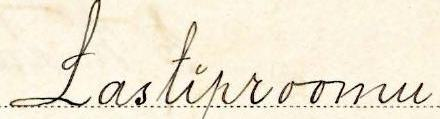
Lastiproomu